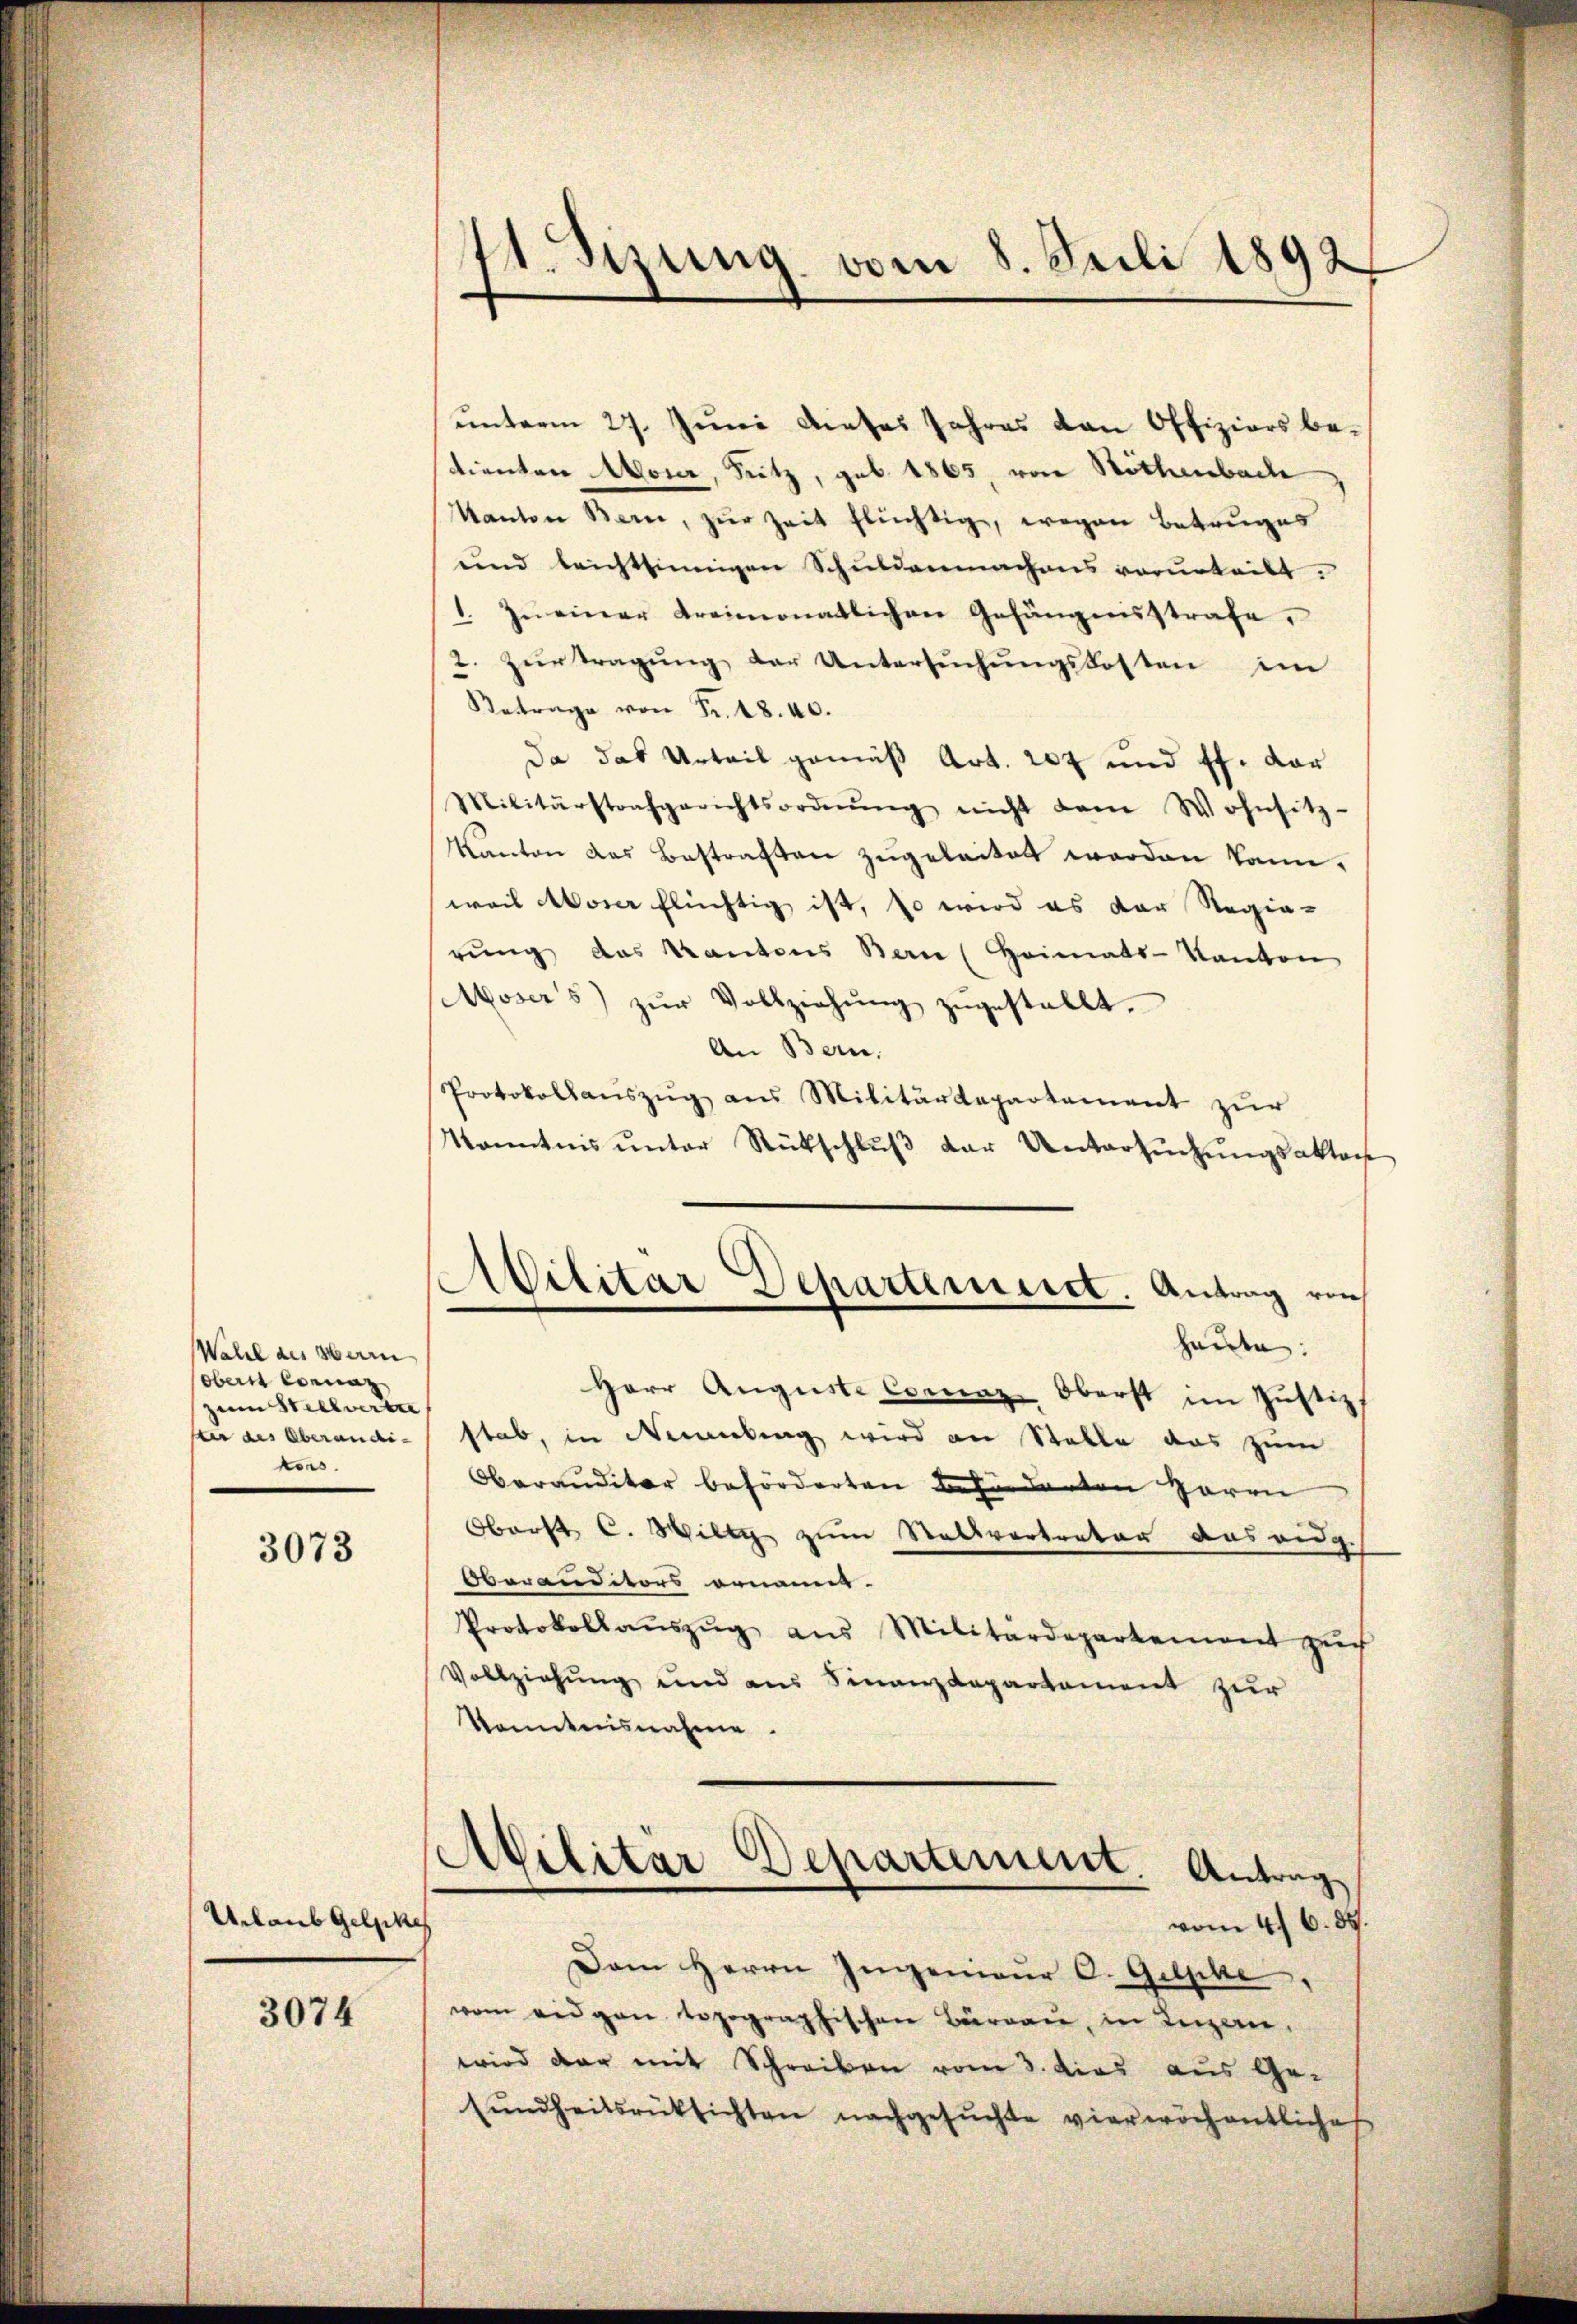
Wahl des Herrn
obern Conna
zum Stellvertre
ter des Oberanditors.

3073

Urlaub Gelpke

3074

41. Sizung vom 8. Juli 1892

unterm 27. Juni dieses Jahres von Offiziers be-
tienten Mour, Sutz, geb. 1865, von Röthenbach
Kanton Bern, zur Zeit flüchtig, wegen Betruges
ŭnd leichtsinnigen Schuldenmachens vorurteilt.
1. In einer Kreimonatlichen Gefängnisstrafe.
2. Zurtragung der Untersuchungskosten im
Betrage von Fr. 18. 40.
Da das Urteil gemäß Art. 204 und ff. der
Militärstrafgerichtsordnŭng nicht dem Wohnsitz-
Kanton das Bestraften zugeleitet worden kann.
weil Moser flüchtig ist, so wird es der Regie-
rŭng das Kantons Bern (Heimats-Kanton
Mosers) zŭr Vollziehŭng zŭgestellt.
An Bern.
Protokollauszug aus Militärdepartement zur
Kenntnis unter Rückschluß der Untersuchungsaktor
Militar Deharteniret. Antrag von
e
haute:
Herr Aŭgŭste Comaz Oberst im Justiz
stab, in Nemeling wird an Stelle das zum
Oberauditor beförderten Behörderten Herrn
Oberst C. Willy zum Stellvertreter aus eidg.
Oberanditors ornannt.
Protokollaŭszŭg aŭs Militärdepartement zŭch
Vollziehung und aus Finanzdepartement zur
Kenntnisnahme.

(bilitar Departement. Antrag
vom 4. 6. 89.

Dem Herrn Ingenieur C. Gelpke
vom eidgan topographischen Büreau, in Luganwird dar mit Schreiben vom 3. dies aus Ge-
sŭndheitsrücksichten nachgesuchte vierwöchentliche